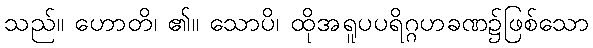
သည်။ ဟောတိ၊ ၏။ သောပိ၊ ထိုအရူပပရိဂ္ဂဟခဏ၌ဖြစ်သော